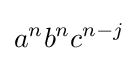
a^{n}b^{n}c^{n-j}